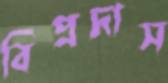
বিপ্রদাস